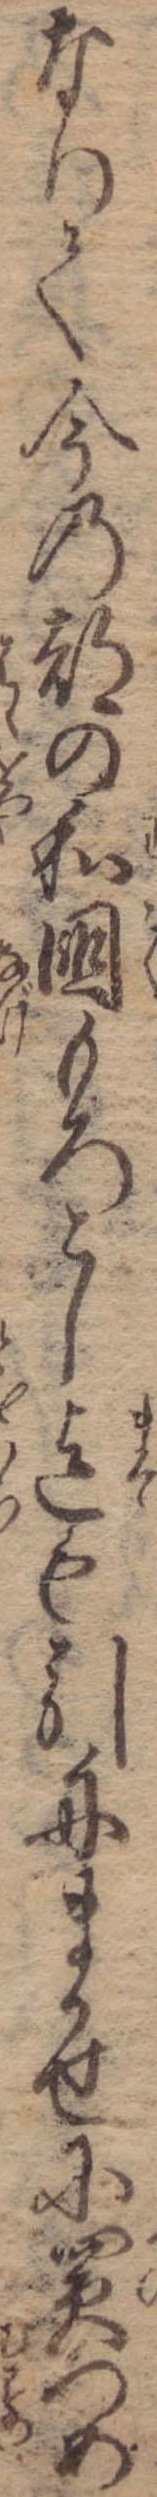
なりて今の都の和国もろこし迄も引舟まかせに買つめ